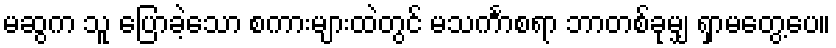
မဆွက သူ ပြောခဲ့သော စကားများထဲတွင် မသင်္ကာစရာ ဘာတစ်ခုမျှ ရှာမတွေ့ပေ။